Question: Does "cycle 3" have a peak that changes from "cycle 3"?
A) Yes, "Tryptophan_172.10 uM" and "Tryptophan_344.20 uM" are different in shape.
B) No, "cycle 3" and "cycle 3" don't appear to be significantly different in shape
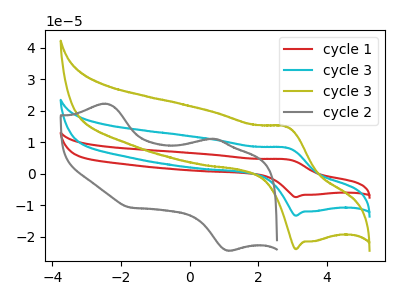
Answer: <think>The red curve "cycle 1" has an anodic peak at (2.85V, 16.65uA) and a cathodic peak at (3.10V, -26.55uA). The cyan curve "cycle 3" has an anodic peak at (2.85V, 8.30uA) and a cathodic peak at (3.10V, -13.30uA). The olive curve "cycle 3" has an anodic peak at (2.85V, 15.00uA) and a cathodic peak at (3.10V, -23.90uA). The gray curve "cycle 2" has anodic peaks at (-2.45V, 22.30uA) (0.70V, 11.15uA) and cathodic peaks at (1.15V, -24.35uA) (-1.75V, -10.65uA).
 All the peaks in "cycle 3" have a peak in "cycle 3" at the same potential. Every peak in "cycle 3" is higher than every peak in "cycle 3".</think>
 <answer>B) No, "cycle 3" and "cycle 3" don't appear to be significantly different in shape</answer>
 <eval>B</eval>